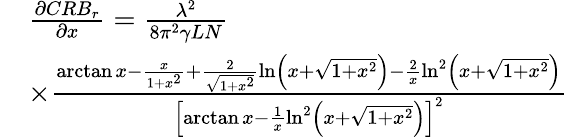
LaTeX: \begin{array}{rl}&{\frac{{\partial CR{B_{r}}}}{{\partial x}}=\frac{{{\lambda^{2}}}}{{8{\pi^{2}}\gamma LN}}}\\ &{\times\frac{{\arctan x-\frac{x}{{1+{x^{2}}}}+\frac{2}{{\sqrt{1+{x^{2}}}}}\ln\left({x+\sqrt{1+{x^{2}}}}\right)-\frac{2}{x}{{\ln}^{2}}\left({x+\sqrt{1+{x^{2}}}}\right)}}{{{{\left[{\arctan x-\frac{1}{x}{{\ln}^{2}}\left({x+\sqrt{1+{x^{2}}}}\right)}\right]}^{2}}}}}\end{array}